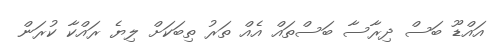
އައްޑޫ ބަސް ދިރާސާ ބަސްތައް އެއް ތަރު ތިބަކަށް ލިޔެ ރައްކާ ކުރަން